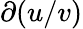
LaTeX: \partial(u/v)